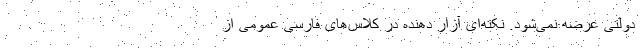
دولتی عرضه نمی‌شود. نکته‌ای آزار دهنده در کلاس‌های فارسی عمومی از